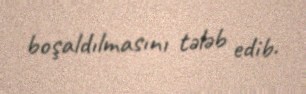
boşaldılmasını tələb edib.